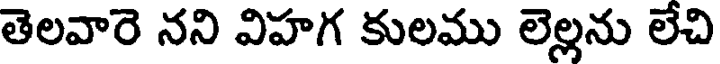
తెలవారె నని విహగ కులము లెల్లను లేచి